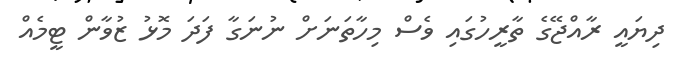
ދިޔައީ ރާއްޖޭގެ ތާރީހުގައި ވެސް މިހާތަނަށް ނުނަގާ ފަދަ މޮޅު ޒުވާން ޓީމެއް